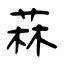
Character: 菻